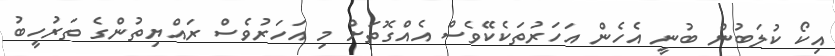
އިކޯ ކުލަބުން ބުނީ އެހެން އަހަރުތަކެކޭވެސް އެއްގޮތަށް މި އަހަރުވެސް ރައްޔިތުންގެ ތަރުހީބު